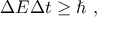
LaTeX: \Delta E \Delta t \geq \hbar \ ,